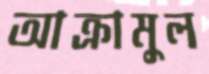
আক্রামুল